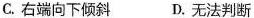
C.右端向下倾斜 D.无法判断